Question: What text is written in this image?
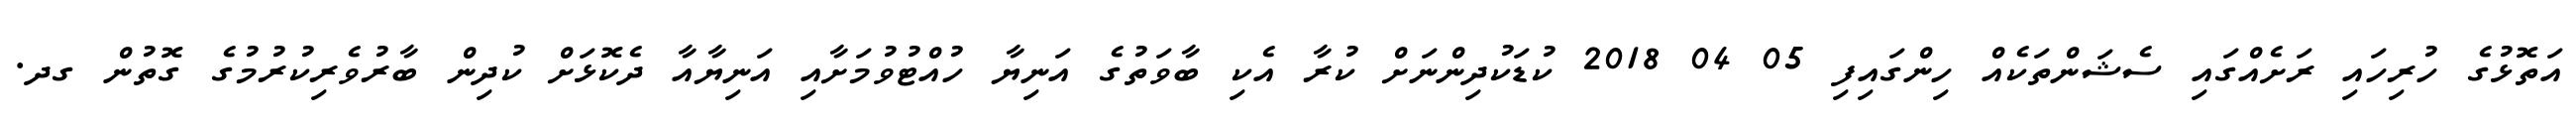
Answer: އަތޮޅުގެ ހުރިހައި ރަށެއްގައި ސެޝަންތަކެއް ހިންގައިފި 05 04 2018 ކުޑަކުދިންނަށް ކުރާ އެކި ބާވަތުގެ އަނިޔާ ހުއްޓުވުމަށާއި އަނިޔާއާ ދެކޮޅަށް ކުދިން ބާރުވެރިކުރުމުގެ ގޮތުން ގދ.